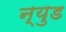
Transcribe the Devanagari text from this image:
न्युड